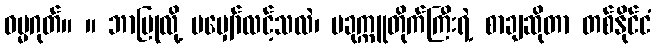
ဓမ္မဂုတ်။ ။ ဘာပြုလို့ မမျှော်လင့်သလဲ၊ ပခုက္ကူတိုက်ကြီးရဲ့ စာချဆိုတာ တစ်နိုင်ငံ